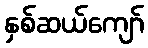
နှစ်ဆယ်ကျော်